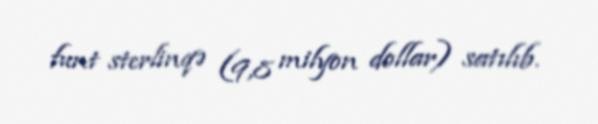
funt sterlinqə (9,8 milyon dollar) satılıb.